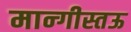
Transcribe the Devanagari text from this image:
मान्गीस्तऊ